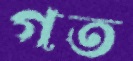
গত